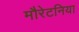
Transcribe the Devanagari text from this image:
मौरेटनिया